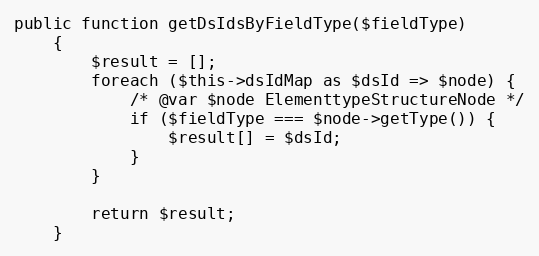
Language: PHP
public function getDsIdsByFieldType($fieldType)
    {
        $result = [];
        foreach ($this->dsIdMap as $dsId => $node) {
            /* @var $node ElementtypeStructureNode */
            if ($fieldType === $node->getType()) {
                $result[] = $dsId;
            }
        }

        return $result;
    }